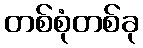
တစ်စုံတစ်ခု